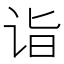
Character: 诣